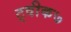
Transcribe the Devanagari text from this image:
ट्वीक७